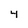
Character: 4